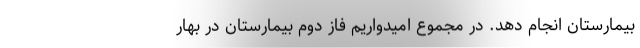
بیمارستان انجام دهد. در مجموع امیدواریم فاز دوم بیمارستان در بهار